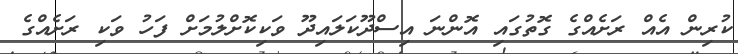
ކުރިން އެއް ރަށެއްގެ ގޮތުގައި އޮންނަ އިސްދޫކަލައިދޫ ވަކިކޮށްލުމަށް ފަހު ވަކި ރަށެއްގެ